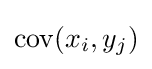
\operatorname {cov} (x_{i},y_{j})